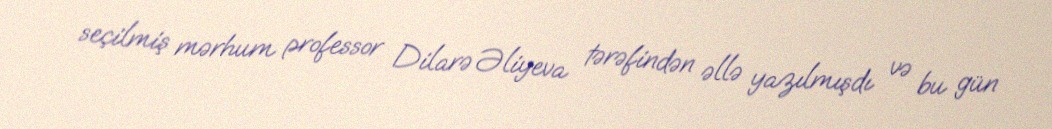
seçilmiş mərhum professor Dilarə Əliyeva tərəfindən əllə yazılmışdı və bu gün